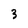
Character: 3